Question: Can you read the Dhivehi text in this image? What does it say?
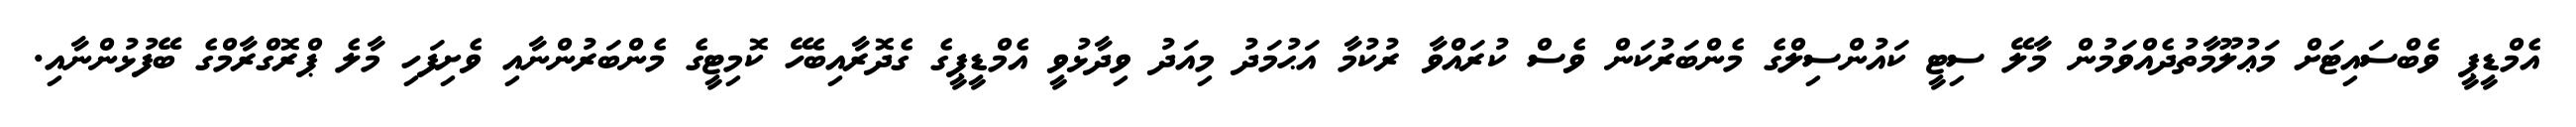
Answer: އެމްޑީޕީ ވެބްސައިޓަށް މަޢުލޫމާތުދެއްވަމުން މާލޭ ސިޓީ ކައުންސިލްގެ މެންބަރުކަން ވެސް ކުރައްވާ ރުކުމާ އަޙުމަދު މިއަދު ވިދާޅުވީ އެމްޑީޕީގެ ގެދޮރާއިބެހޭ ކޮމިޓީގެ މެންބަރުންނާއި ވެށިފަހި މާލެ ޕްރޮގްރާމްގެ ބޭފުޅުންނާއި.